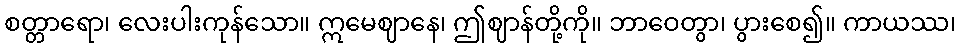
စတ္တာရော၊ လေးပါးကုန်သော။ ဣမေဈာနေ၊ ဤဈာန်တို့ကို။ ဘာဝေတွာ၊ ပွားစေ၍။ ကာယဿ၊